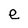
Character: e